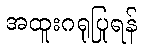
အထူးဂရုပြုရန်